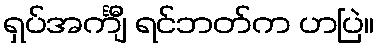
ရှပ်အင်္ကျီ ရင်ဘတ်က ဟပြဲ။